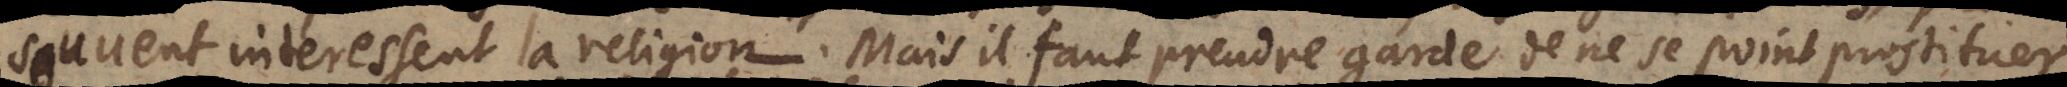
souvent interessent la religion. Mais il faut prendre garde de ne se point prostituer